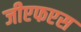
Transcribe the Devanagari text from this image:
जीएफएस